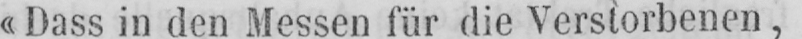
«Dass in den Messen für die Verstorbenen,